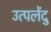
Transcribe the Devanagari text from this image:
उत्पलेंदु